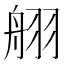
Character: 䎇